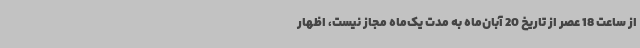
از ساعت 18 عصر از تاریخ 20 آبان‌ماه به مدت یک‌ماه مجاز نیست، اظهار